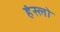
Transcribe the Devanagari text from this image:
हंस्लो